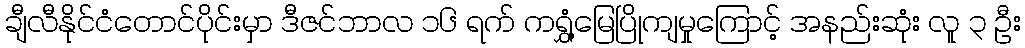
ချီလီနိုင်ငံတောင်ပိုင်းမှာ ဒီဇင်ဘာလ ၁၆ ရက် ကရွှံ့မြေပြိုကျမှုကြောင့် အနည်းဆုံး လူ ၃ ဦး